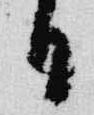
日